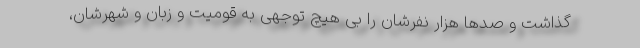
گذاشت و صدها هزار نفرشان را بی هیچ توجهی به قومیت و زبان و شهرشان،